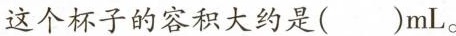
这个杯子的容积大约是()mL。